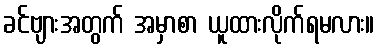
ခင်ဗျားအတွက် အမှာစာ ယူထားလိုက်ရမလား။